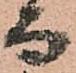
而